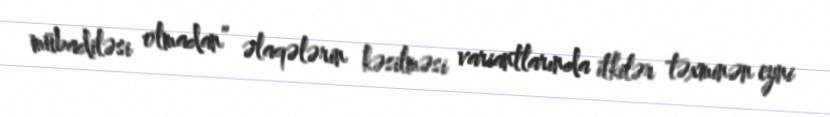
mübadiləsi olmadan” əlaqələrin kəsilməsi variantlarında itkilər təxminən eyni